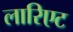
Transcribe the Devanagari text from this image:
लारिएट